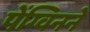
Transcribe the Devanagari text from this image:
पेंग्विनने